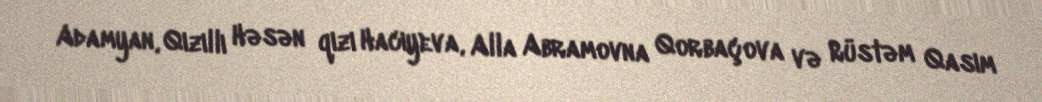
Adamyan, Qızıllı Həsən qızı Hacıyeva, Alla Abramovna Qorbaçova və Rüstəm Qasım